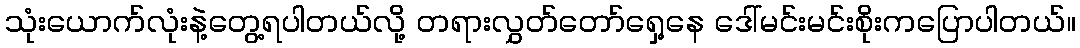
သုံးယောက်လုံးနဲ့တွေ့ရပါတယ်လို့ တရားလွှတ်တော်ရှေ့နေ ဒေါ်မင်းမင်းစိုးကပြောပါတယ်။